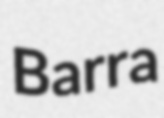
Barra